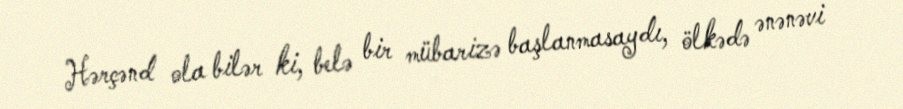
Hərçənd ola bilər ki, belə bir mübarizə başlanmasaydı, ölkədə ənənəvi